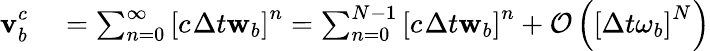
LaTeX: \begin{array}{rl}{\mathbf{v}_{b}^{c_{}}}&{{}=\sum_{n=0}^{\infty}\left[c_{}\Delta t{}\mathbf{w}_{b}\right]^{n}=\sum_{n=0}^{N_{\mathrm{}}-1}\left[c_{}\Delta t{}\mathbf{w}_{b}\right]^{n}+\mathcal{O}\left(\left[\Delta t{}\omega_{b}\right]^{N_{\mathrm{}}}\right)}\end{array}